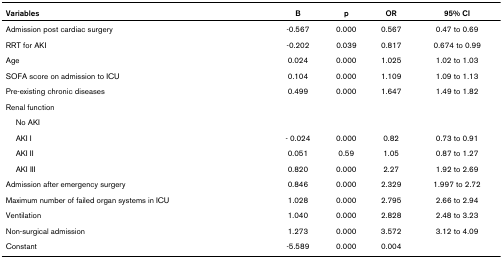
<table><thead><tr><td><b>Variables</b></td><td><b>B</b></td><td><b>p</b></td><td><b>OR</b></td><td><b>95% CI</b></td></tr></thead><tbody><tr><td>Admission post cardiac surgery</td><td>-0.567</td><td>0.000</td><td>0.567</td><td>0.47 to 0.69</td></tr><tr><td>RRT for AKI</td><td>-0.202</td><td>0.039</td><td>0.817</td><td>0.674 to 0.99</td></tr><tr><td>Age</td><td>0.024</td><td>0.000</td><td>1.025</td><td>1.02 to 1.03</td></tr><tr><td>SOFA score on admission to ICU</td><td>0.104</td><td>0.000</td><td>1.109</td><td>1.09 to 1.13</td></tr><tr><td>Pre-existing chronic diseases</td><td>0.499</td><td>0.000</td><td>1.647</td><td>1.49 to 1.82</td></tr><tr><td>Renal function</td><td></td><td></td><td></td><td></td></tr><tr><td> No AKI</td><td></td><td></td><td></td><td></td></tr><tr><td> AKI I</td><td>- 0.024</td><td>0.000</td><td>0.82</td><td>0.73 to 0.91</td></tr><tr><td> AKI II</td><td>0.051</td><td>0.59</td><td>1.05</td><td>0.87 to 1.27</td></tr><tr><td> AKI III</td><td>0.820</td><td>0.000</td><td>2.27</td><td>1.92 to 2.69</td></tr><tr><td>Admission after emergency surgery</td><td>0.846</td><td>0.000</td><td>2.329</td><td>1.997 to 2.72</td></tr><tr><td>Maximum number of failed organ systems in ICU</td><td>1.028</td><td>0.000</td><td>2.795</td><td>2.66 to 2.94</td></tr><tr><td>Ventilation</td><td>1.040</td><td>0.000</td><td>2.828</td><td>2.48 to 3.23</td></tr><tr><td>Non-surgical admission</td><td>1.273</td><td>0.000</td><td>3.572</td><td>3.12 to 4.09</td></tr><tr><td>Constant</td><td>-5.589</td><td>0.000</td><td>0.004</td><td></td></tr></tbody></table>